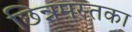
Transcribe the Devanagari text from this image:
छिन्नमस्तका